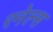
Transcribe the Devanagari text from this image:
रनेल्स